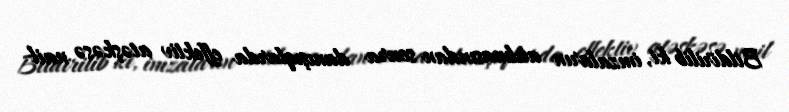
Bildirilib ki, imzaların atılmasından sonra danışıqlarda effektiv atəşkəsə nail